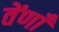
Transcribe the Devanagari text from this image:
तेंणाँ